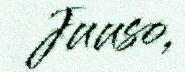
Juuso,